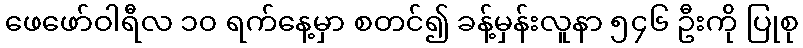
ဖေဖော်ဝါရီလ ၁၀ ရက်နေ့မှာ စတင်၍ ခန့်မှန်းလူနာ ၅၄၆ ဦးကို ပြုစု